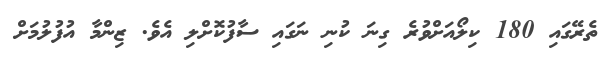
ތެރޭގައި 180 ކިލޯއަށްވުރެ ގިނަ ކުނި ނަގައި ސާފުކޮށްލި އެވެ. ޒިންމާ އުފުލުމަށް